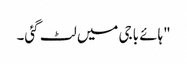
"ہائے باجی میں لٹ گئی۔